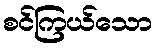
စင်ကြယ်သော